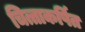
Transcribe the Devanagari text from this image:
चित्ताकर्षित